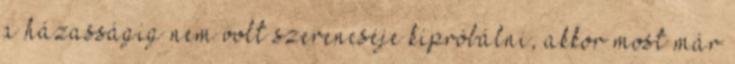
a házasságig nem volt szerencséje kipróbálni, akkor most már